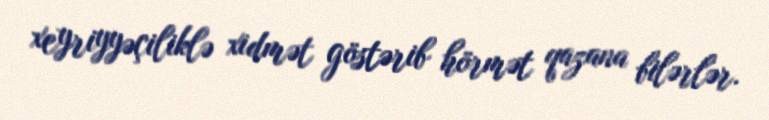
xeyriyyəçiliklə xidmət göstərib hörmət qazana bilərlər.